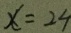
x = 2 4